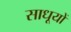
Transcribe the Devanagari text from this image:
साधूयों